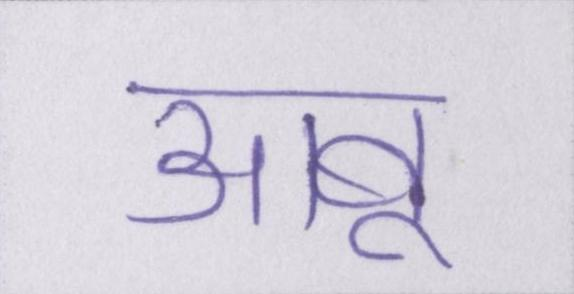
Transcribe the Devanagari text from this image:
आबू